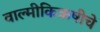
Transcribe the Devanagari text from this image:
वाल्मीकिऋषीचे